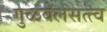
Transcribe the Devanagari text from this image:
गुळवेलसत्त्व